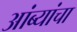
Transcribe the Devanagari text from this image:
आंब्यांचा